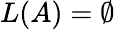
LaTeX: L(A)=\emptyset